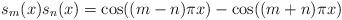
LaTeX: \begin{align*} s_{m}(x)s_{n}(x) = \cos((m-n)\pi x) - \cos((m+n)\pi x)\end{align*}